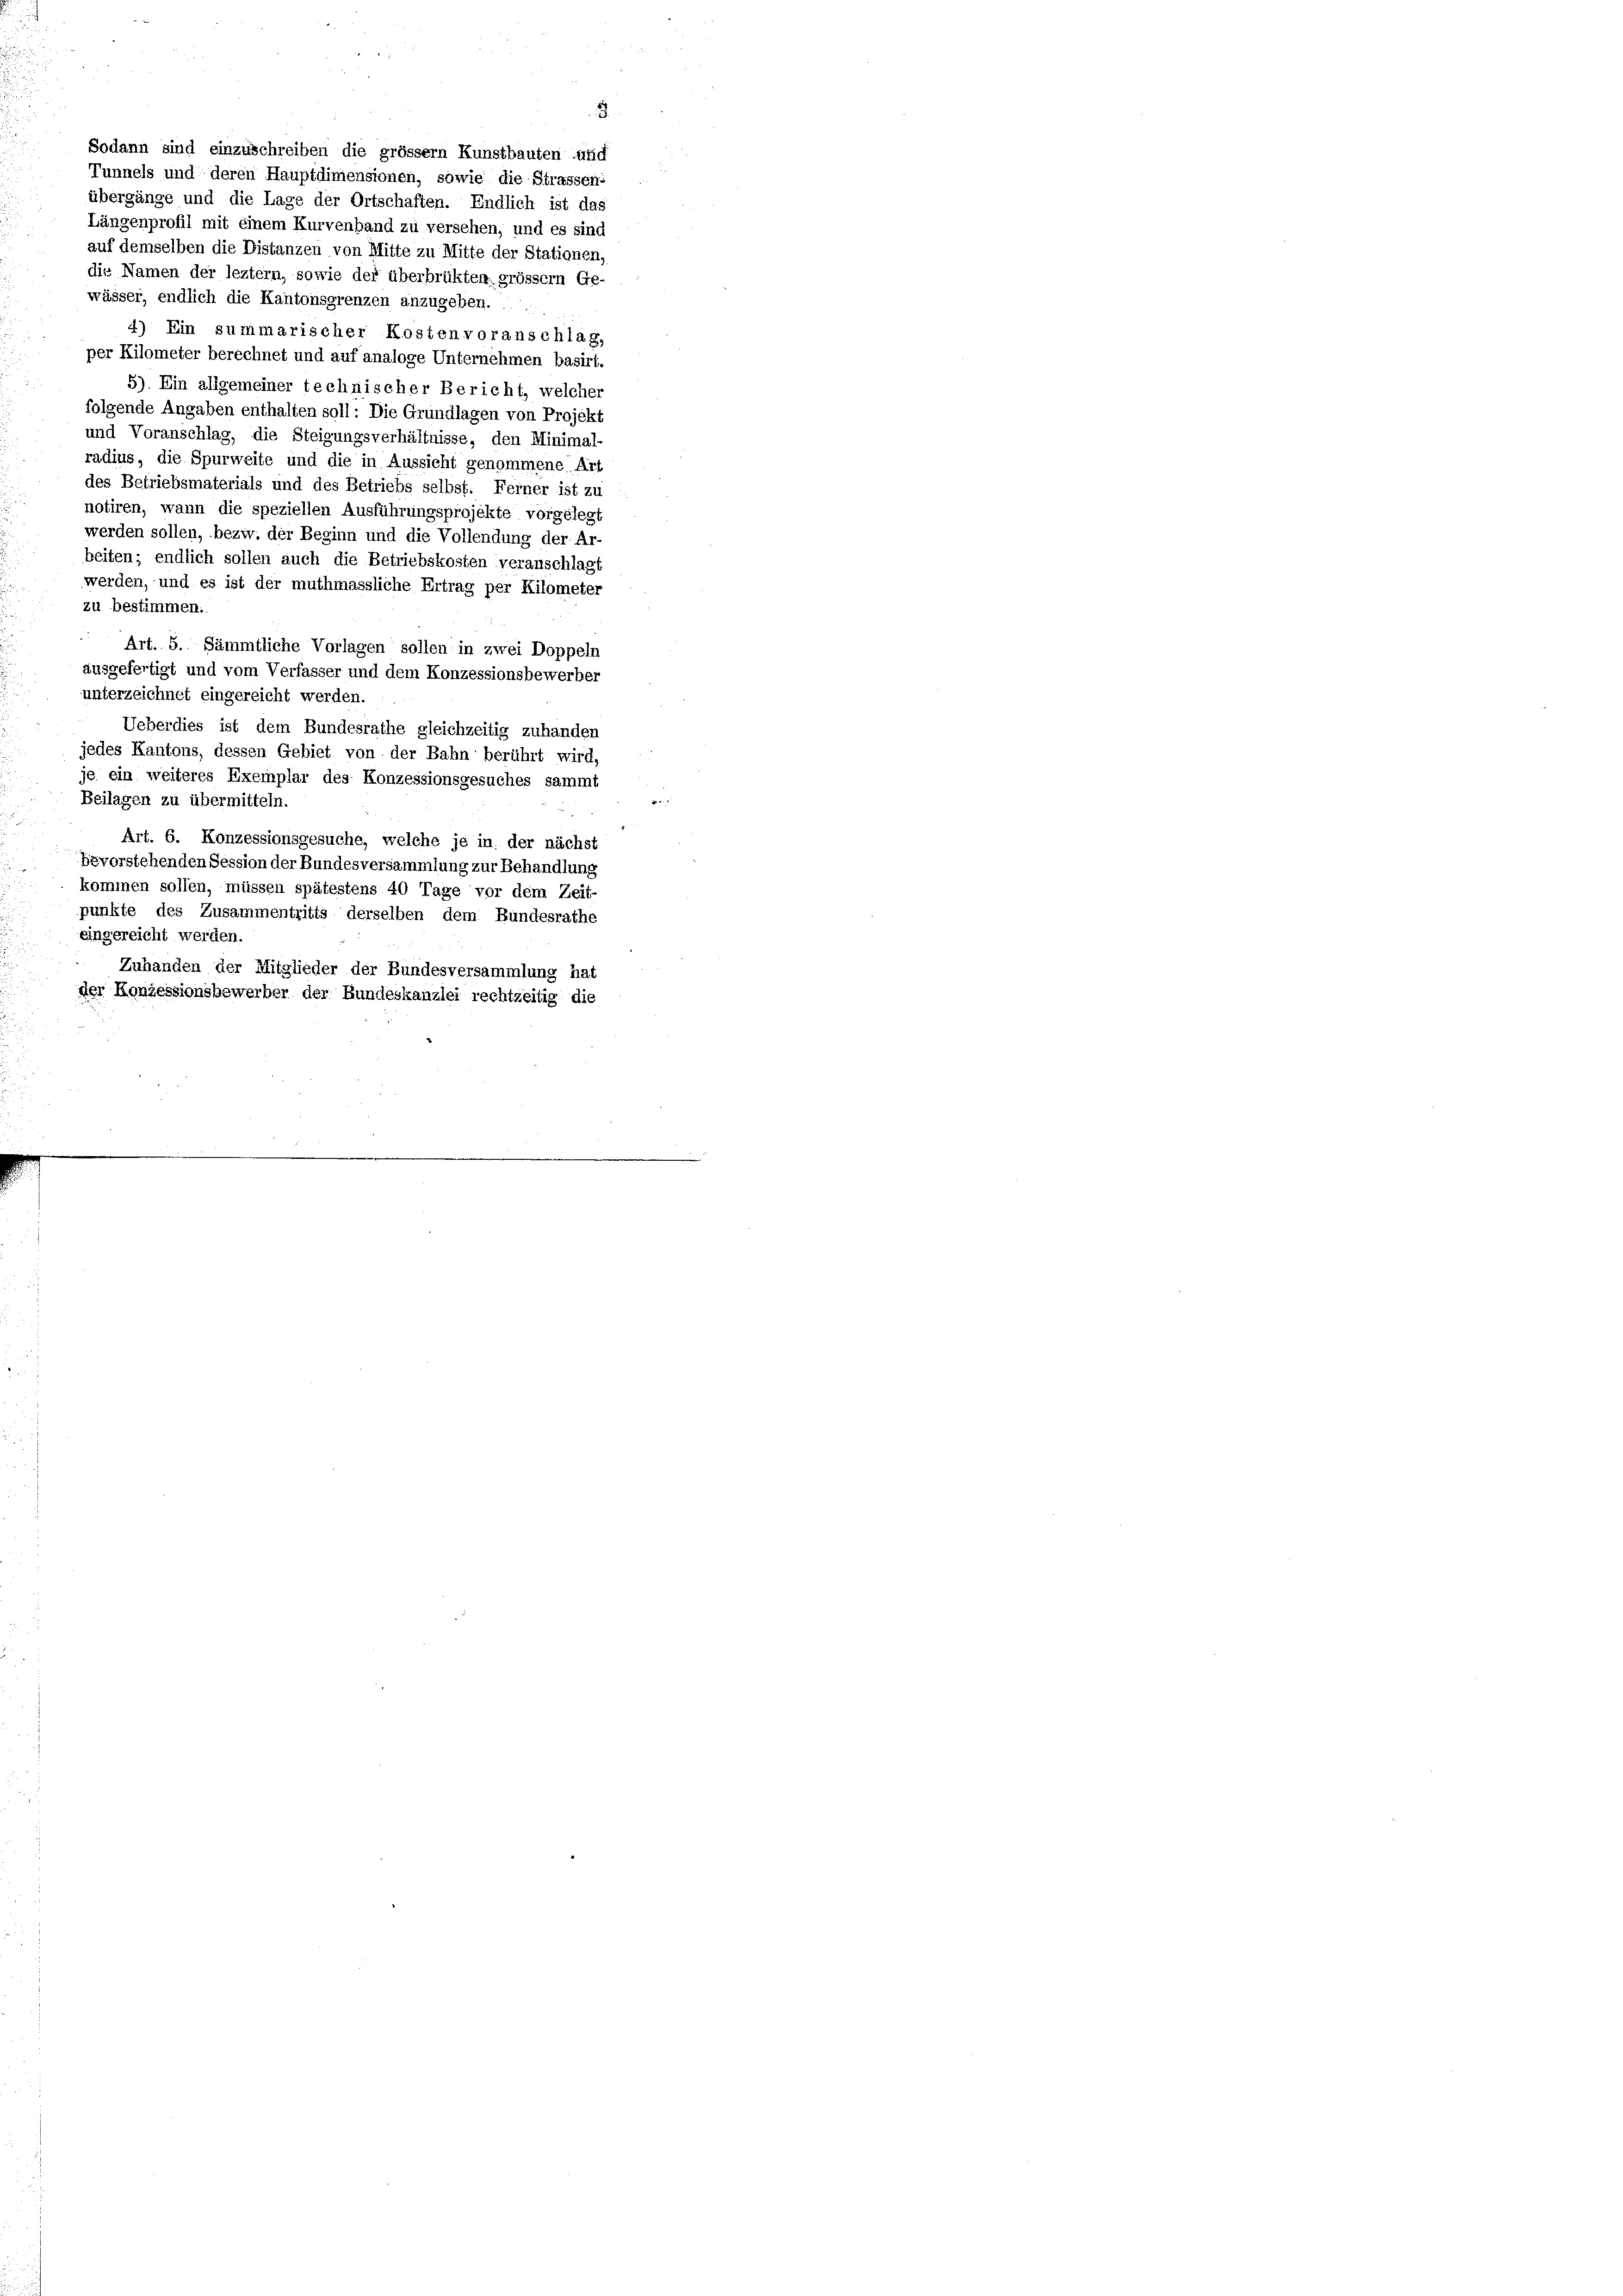
Sodann sind einzuschreiben die grösser Kunstbauten und
Tunnels und deren Hauptdimensionen, sowie die Strassen:
übergänge und die Lage der Ortschaften. Endlich ist das
Längenprofil mit einem Kurvenband zu versehen, und es sind
auf demselben die Distanzen von Mitte zu Mitte der Stationen,
die Namen der leztem, sowie der überbrükten grössem Ge-
wässer, endlich die Kantonsgrenzen anzugeben.
4) Ein summarischer Kostenvoranschlag,
per Kilometer berechnet und auf analoge Unternehmen basirt.
5). Ein allgemeiner technischer Bericht, welcher
folgende Angaben enthalten soll: Die Grundlagen von Projekt
und Voranschlag, die Steigungsverhältnisse, den Minimal-
radius, die Spurweite und die in Aussicht genommene Art
des Betriebsmaterials und des Betriebs selbst. Ferner ist zu
notiren, wann die speziellen Ausführungsprojekte vorgelegt
werden sollen, bezw. der Beginn und die Vollendung der Ar-
beiten; endlich sollen auch die Betriebskosten veranschlagt
werden, und es ist der muthmassliche Ertrag per Kilometer
zu bestimmen.
Art. 5. Sämmtliche Vorlagen sollen in zwei Doppeln
ausgefertigt und vom Verfasser und dem Konzessionsbewerber
unterzeichnet eingereicht werden.
Ueberdies ist dem Bundesrathe gleichzeitig zuhanden
jedes Kantons, dessen Gebiet von der Bahn berührt wird,
je ein weiteres Exemplar des Konzessionsgesuches sammt
Beilagen zu übermitteln.
Art. 6. Konzessionsgesuche, welche je in der nächst
bevorstehenden Session der Bundesversammlung zur Behandlung
kommen sollen, müssen spätestens 40 Tage vor dem Zeit-
punkte des Zusammentritts derselben dem Bundesrathe
eingereicht werden.
Zuhanden der Mitglieder der Bundesversammlung hat
der Konzessionsbewerber der Bundeskanzlei rechtzeitig die

5